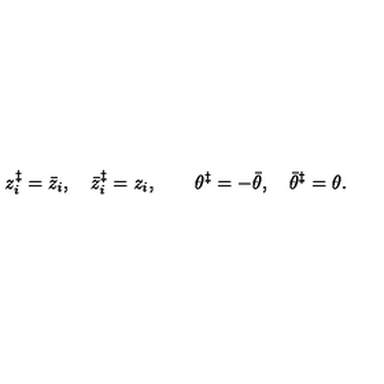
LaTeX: z _ { i } ^ { \ddagger } = \bar { z } _ { i } , \quad \bar { z } _ { i } ^ { \ddagger } = z _ { i } , \quad \quad \theta ^ { \ddagger } = - \bar { \theta } , \quad \bar { \theta } ^ { \ddagger } = \theta .